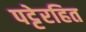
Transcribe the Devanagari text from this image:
पट्टेरहित